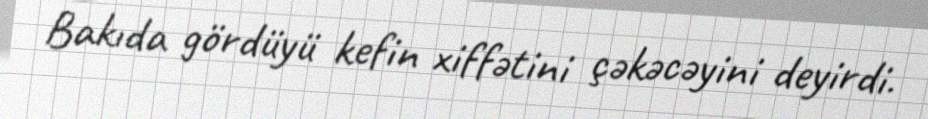
Bakıda gördüyü kefin xiffətini çəkəcəyini deyirdi.